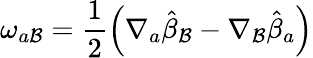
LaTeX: \omega_{a\mathcal{B}}=\frac{{1}}{{2}}\left(\nabla_{a}{\hat{{\beta}}_{\mathcal{B}}}-\nabla_{\mathcal{B}}{\hat{{\beta}}_{a}}\right)